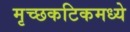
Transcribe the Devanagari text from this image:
मृच्छकटिकमध्ये